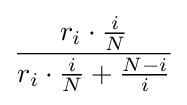
{\frac {r_{i}\cdot {\frac {i}{N}}}{r_{i}\cdot {\frac {i}{N}}+{\frac {N-i}{i}}}}